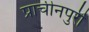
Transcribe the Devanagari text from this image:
प्राचीनपुरी